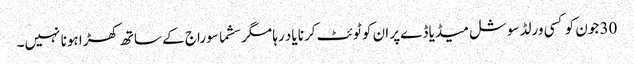
30 جون کو کسی ورلڈ سوشل میڈیا ڈےپر ان کو ٹوئٹ کرنا یاد رہا مگر سشما سوراج کے ساتھ کھڑا ہونا نہیں۔